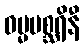
ဓမ္မမစ္ဆရိနီ